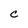
Character: C